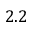
2 . 2